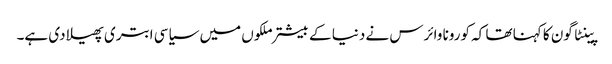
پینٹا گون کا کہنا تھا کہ کورونا وائرس نے دنیا کے بیشتر ملکوں میں سیاسی ابتری پھیلا دی ہے۔